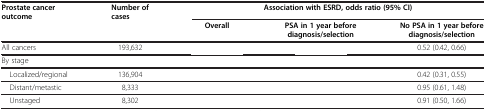
<table><thead><tr><td><b>Prostate cancer outcome</b></td><td><b>Number of cases</b></td><td colspan="3"><b>Association with ESRD, odds ratio (95% CI)</b></td></tr><tr><td>[EMPTY_CELL]</td><td>[EMPTY_CELL]</td><td><b>Overall</b></td><td><b>PSA in 1 year before diagnosis/selection</b></td><td><b>No PSA in 1 year before diagnosis/selection</b></td></tr></thead><tbody><tr><td>All cancers</td><td>193,632</td><td>[EMPTY_CELL]</td><td>[EMPTY_CELL]</td><td>0.52 (0.42, 0.66)</td></tr><tr><td>By stage</td><td>[EMPTY_CELL]</td><td>[EMPTY_CELL]</td><td>[EMPTY_CELL]</td><td>[EMPTY_CELL]</td></tr><tr><td> Localized/regional</td><td>136,904</td><td>[EMPTY_CELL]</td><td>[EMPTY_CELL]</td><td>0.42 (0.31, 0.55)</td></tr><tr><td> Distant/metastic</td><td>8,333</td><td>[EMPTY_CELL]</td><td>[EMPTY_CELL]</td><td>0.95 (0.61, 1.48)</td></tr><tr><td> Unstaged</td><td>8,302</td><td>[EMPTY_CELL]</td><td>[EMPTY_CELL]</td><td>0.91 (0.50, 1.66)</td></tr></tbody></table>